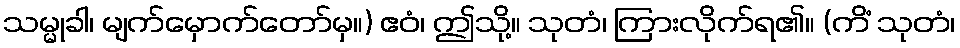
သမ္မုခါ၊ မျက်မှောက်တော်မှ။) ဧဝံ၊ ဤသို့။ သုတံ၊ ကြားလိုက်ရ၏။ (ကိံ သုတံ၊